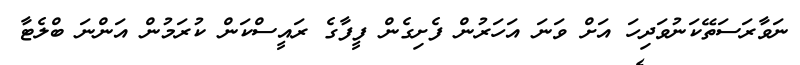
ނަވާރަސަތޭކަނުވަދިހަ އަށް ވަނަ އަހަރުން ފެށިގެން ފީފާގެ ރައީސްކަން ކުރަމުން އަންނަ ބްލެޓާ